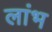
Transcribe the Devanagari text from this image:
लांभ